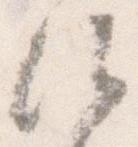
候